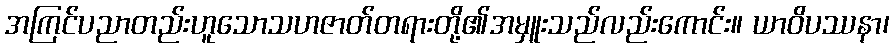
အကြင်ပညာတည်းဟူသောသဟဇာတ်တရားတို့၏အမှူးသည်လည်းကောင်း။ ယာဝိပဿနာ၊